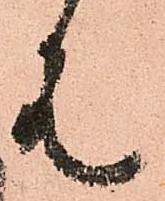
見